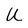
Character: U